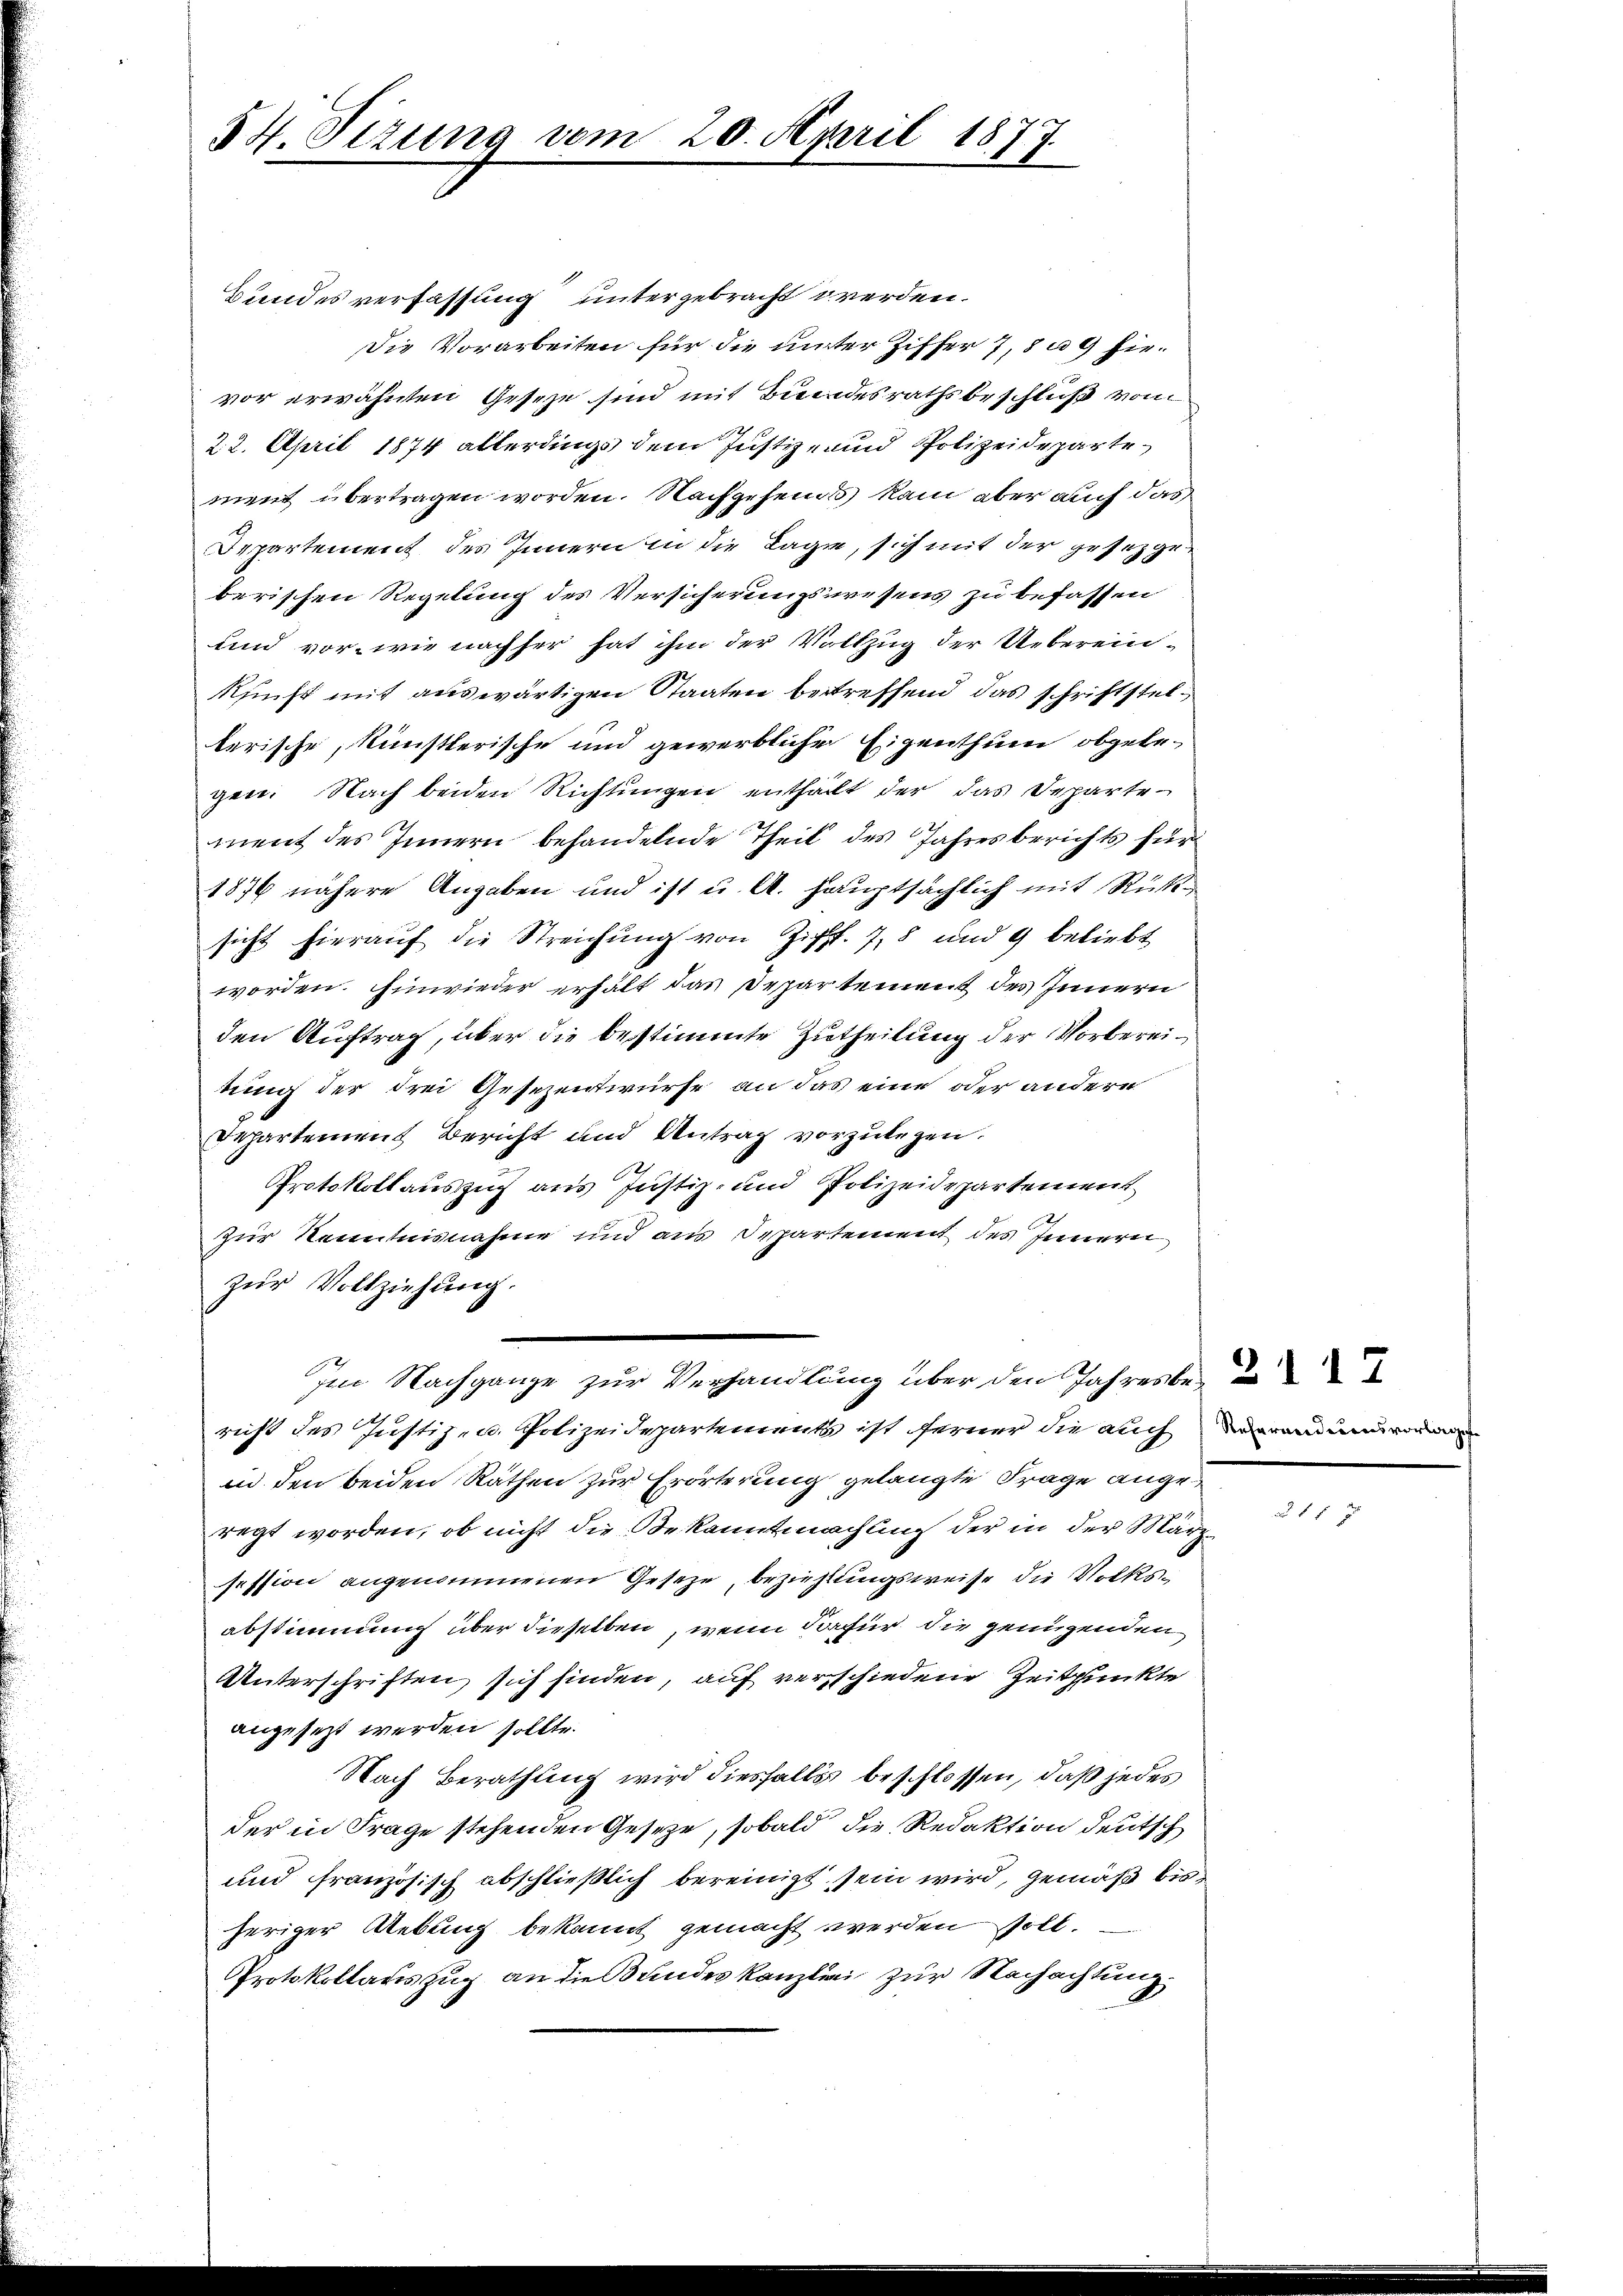
54. Sizung vom 20. April 1877.

Bundes verfassung untergebracht werden.
Die Vorarbeiten für die unter Ziffer 7, 839 hievor erwähnten Geseze sind mit Bundesrathsbeschluß vom
22. April 1874 allerdings dem Justiz- und Polizeideparte
ment übertragen worden. Nachgehends kam aber auch das
Departement des Innern in die Lage, sich mit der gesetzgeberischen Regelung des Versicherungswesens zu befassen
und vor, wie nachher hat ihm der Vollzug der Uebereinkunft mit auswärtigen Staaten betreffend das schriftstellerische, künstlerische und gewerbliche Eigenthum obgele-
gen. Nach beiden Richtungen enthalt der das Departement des Innern behandelnde Theil des Jahresberichts für
1876 nähere Angaben und ist u. A. hauptsächlich mit Rücksicht hieraŭf die Streichŭng von Ziff. 7, 8 und 9 beliebt
worden. Einwieder erhält das Departement des Innern
den Auftrag, über die bestimmte Zutheilung der Vorbereitung der drei Gesezentwürfe, an das eine oder andere
Departement Bericht und Antrag vorzulegen.
Protokollauszug aus Justiz- und Polizeidepartement
Zur Kenntnisnahme und aus Departement des Innern
zur Vollziehung.
Im Nachgange zur Verhandlung über den Jahresbe
richt des Justiz- u. Polizeidepartements ist ferner die auch dann
in den beiden Räthen zur Erörterung gelangte Frage angeregt worden, ob nicht die Bekanntmachung der in der März
session angenommenen Geseze, beziehungsweise die Volksabstimmung über dieselben, wenn dafür die genügenden
Unterschriften sich finden, auf verschiedene Zeitpunkte
angesetzt werden sollte.
Nach Berathung wird diesfalls beschlossen, daß jedes
der in Frage stehenden Gesetze, sobald die Redaktion deutsch
und französisch abschließlich bereinigt sein wird, gemäß bisheriger Uebung bekannt gemacht werden soll.
Protokollauszug an die Bundeskanzlei zur Nachachtung,

f 5 x